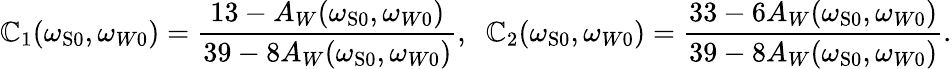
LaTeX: \mathbb{C}_{1}(\omega_{\mathrm{{{S}0}}},\omega_{W0})=\frac{{13-A_{W}(\omega_{\mathrm{{S}}0},\omega_{W0})}}{{39-8A_{W}(\omega_{\mathrm{{{S}0}}},\omega_{W0})}},\; \; \mathbb{C}_{2}(\omega_{\mathrm{{S}}0},\omega_{W0})=\frac{{33-6A_{W}(\omega_{\mathrm{{{S}0}}},\omega_{W0})}}{{39-8A_{W}(\omega_{\mathrm{{S}}0},\omega_{W0})}}.